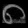
Digit: ၈